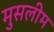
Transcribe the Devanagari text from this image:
मुसलीम